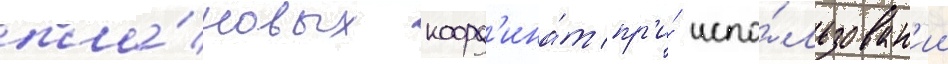
пла́новых коорд'ина́т пр'и́ испо́льзован'ии